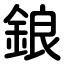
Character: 鋃